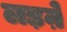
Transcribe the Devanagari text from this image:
लड़ऩे